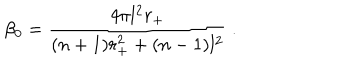
\beta _ { 0 } = \frac { 4 \pi l ^ { 2 } r _ { + } } { ( n + 1 ) r _ { + } ^ { 2 } + ( n - 1 ) l ^ { 2 } } ~ .